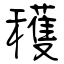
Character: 穫